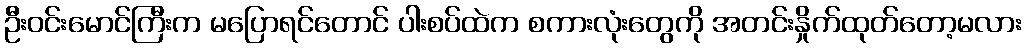
ဦးဝင်းမောင်ကြီးက မပြောရင်တောင် ပါးစပ်ထဲက စကားလုံးတွေကို အတင်းနှိုက်ထုတ်တော့မလား